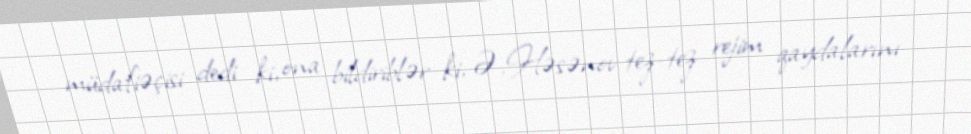
müdafiəçisi dedi ki, ona bildiriblər ki, Ə.Həsənov tez-tez rejim qaydalarını